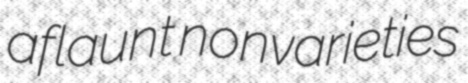
aflaunt nonvarieties